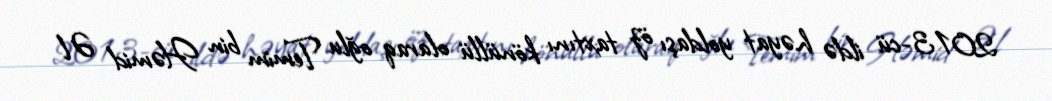
2013-cü ildə həyat yoldaşı öz taxtını könüllü olaraq oğlu Temim bin Həmid Əl